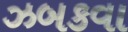
ઝબકવા